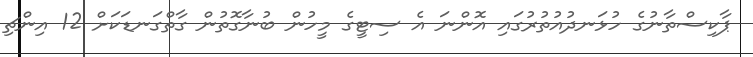
ޕާކިސްތާނުގެ ހުޅަނދުއުތުރުގައި އޮންނަ އެ ސިޓީގެ މީހުން ބުނާގޮތުން ގާތްގަނޑަކަށް 12 އިންޗި